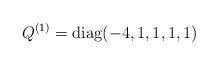
LaTeX: \begin{align*}Q^{(1)} = {\rm diag}(-4,1,1,1,1)\end{align*}